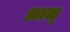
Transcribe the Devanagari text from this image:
भ्राज्